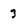
Character: 3